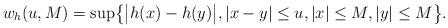
LaTeX: \begin{align*}w_{h}(u,M)=\sup \bigl\{\bigl|h(x)-h(y)\bigr|,|x-y|\leq u,|x|\leq M,|y|\leq M\bigr\}.\end{align*}